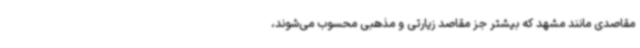
مقاصدی مانند مشهد که بیشتر جز مقاصد زیارتی و مذهبی محسوب می‌شوند،